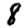
Digit: 8